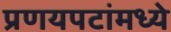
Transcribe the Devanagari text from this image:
प्रणयपटांमध्ये